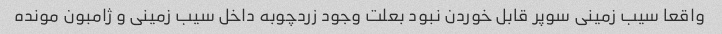
واقعا سیب زمینی سوپر قابل خوردن نبود بعلت وجود زردچوبه داخل سیب زمینی و ژامبون مونده